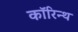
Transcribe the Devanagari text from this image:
कॉरिन्थ